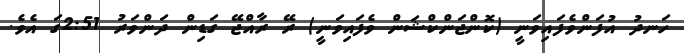
ހަނދު އުފަންވެފައިވަނީ (ކޮންޖަންކްޝަން ވެފައިވަނީ) ރޭ ރާއްޖޭ ގަޑިން ދަންވަރު 2:51ގަ އެވެ.